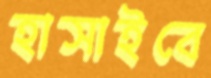
হাসাইবে